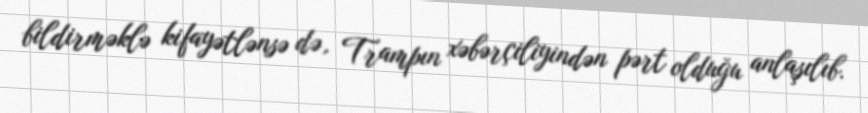
bildirməklə kifayətlənsə də, Trampın xəbərçiliyindən pərt olduğu anlaşılıb.